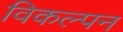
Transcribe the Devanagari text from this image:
विकल्पन